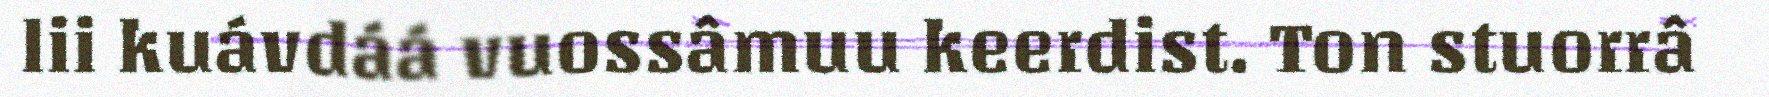
lii kuávdáá vuossâmuu keerdist. Ton stuorrâ